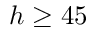
h \geq 4 5